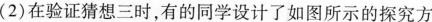
(2)在验证猜想三时，有的同学设计了如图所示的探究方